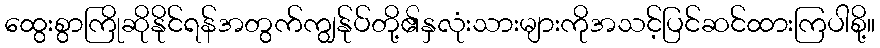
ထွေးစွာကြိုဆိုနိုင်ရန်အတွက်ကျွန်ုပ်တို့၏နှလုံးသားများကိုအသင့်ပြင်ဆင်ထားကြပါစို့။